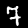
Label: 7